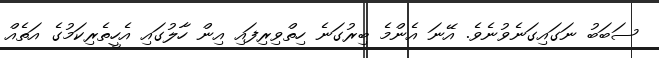
ސަބަބު ނަގައިގަނެވުނެވެ. އޭނަ އެންމެ ބިރުގަނެ ހިތްވިރިފައި އިން ހާލުގައި އެހީތެރިކަމުގެ އަތެއް